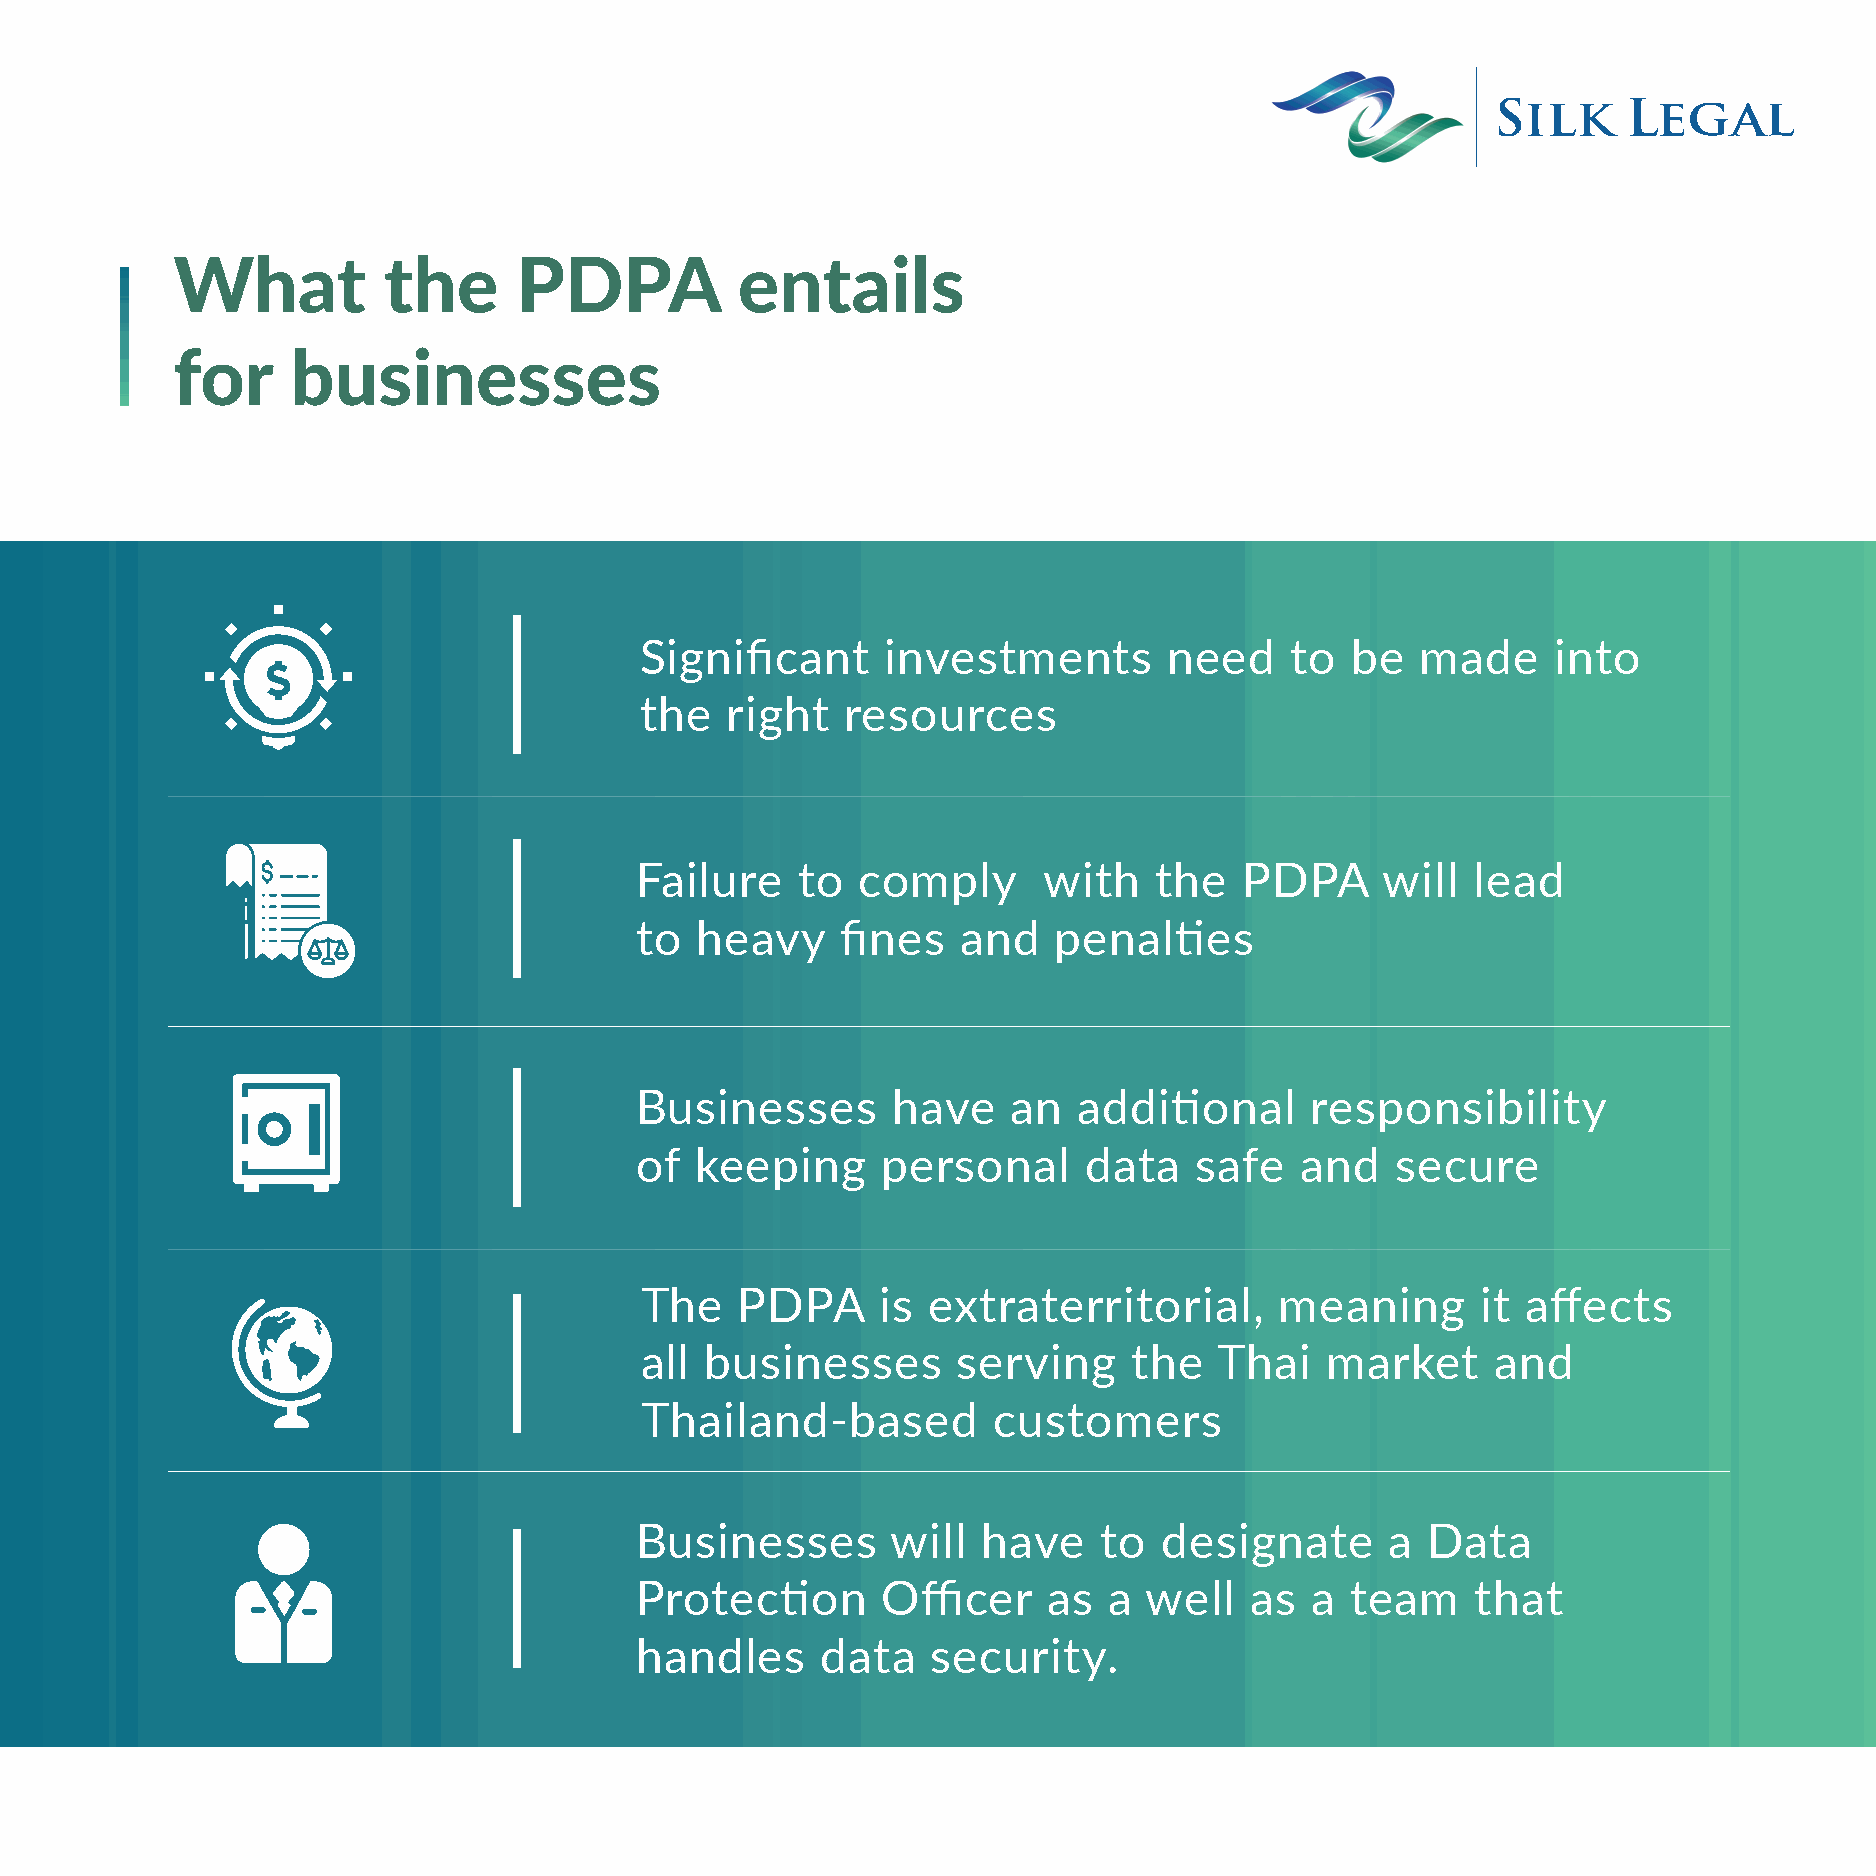
What          the      PDPA           entails
 for     businesses
 Significant      investments       need    to  be   made     into
 the   right   resources
 Failure    to  comply      with   the   PDPA      will  lead
 to  heavy     fines   and   penalties
 Businesses       have    an  additional      responsibility
 of  keeping     personal      data   safe   and   secure
 The    PDPA     is extraterritorial,       meaning      it affects
 all  businesses      serving     the   Thai   market     and
 Thailand-based          customers
 Businesses       will  have    to  designate      a Data
 Protection      Officer    as  a  well   as  a team     that
 handles     data    security.